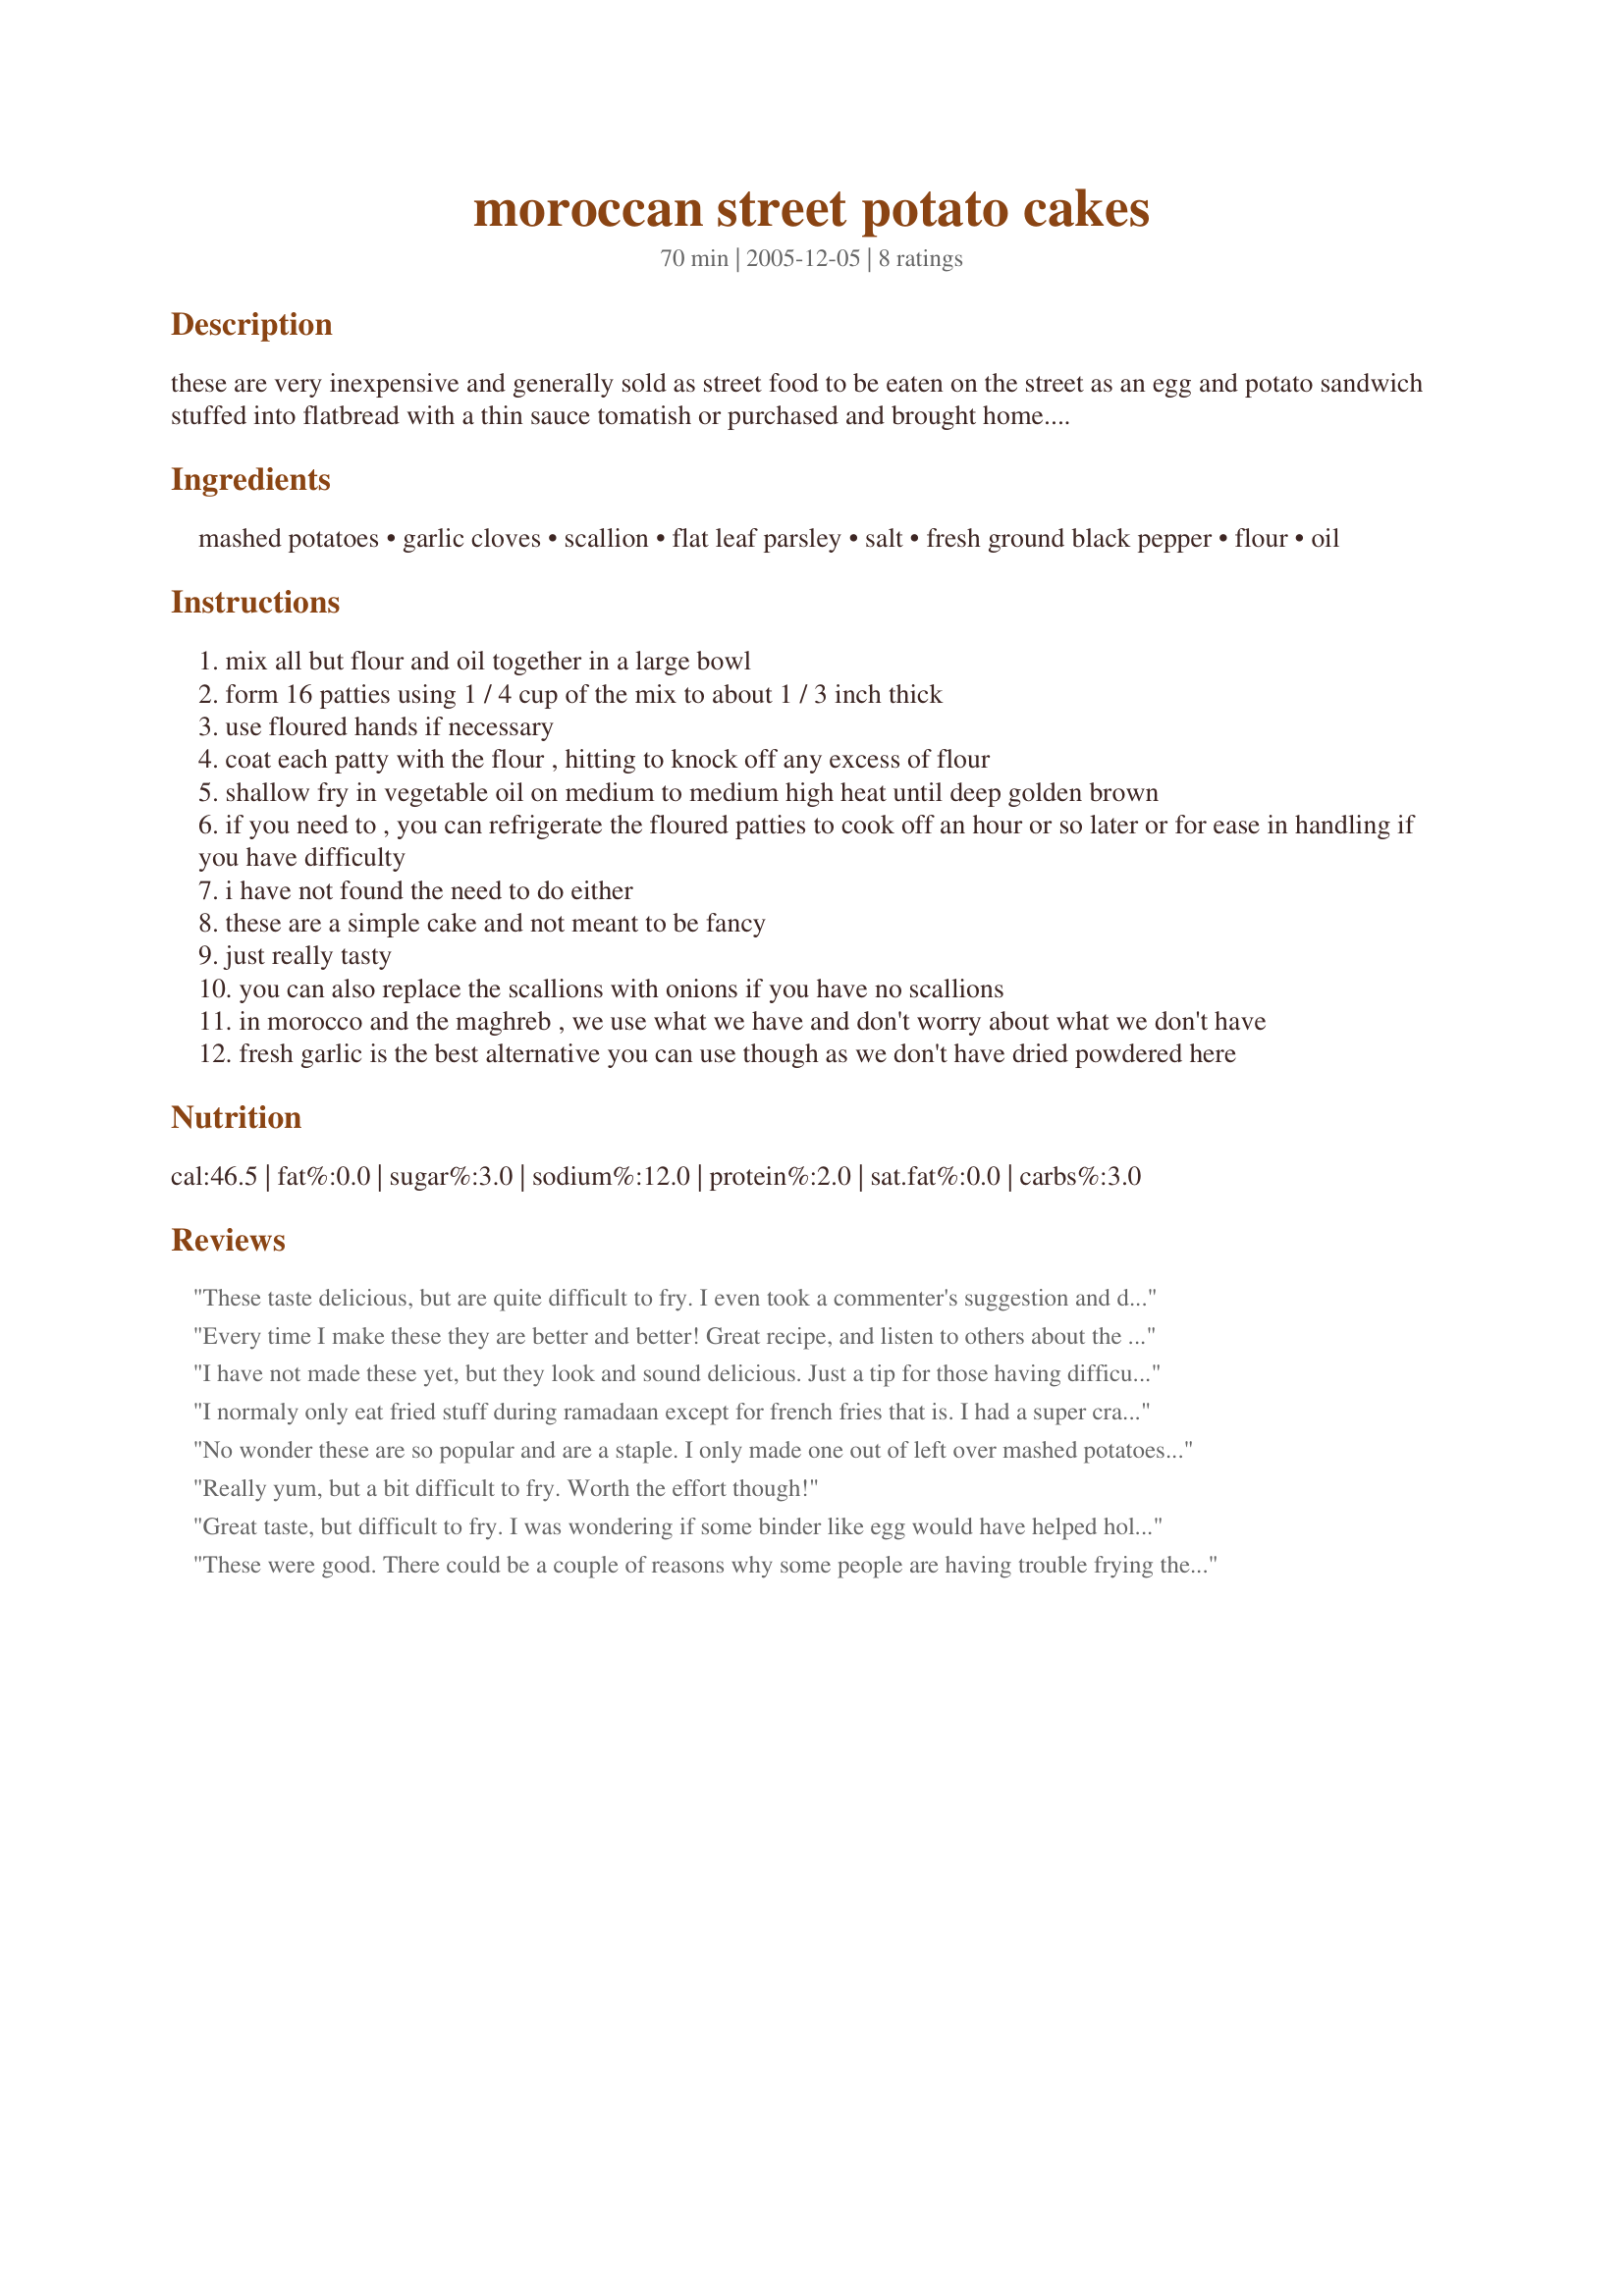
moroccan street potato cakes
Preparation time: 70 minutes

these are very inexpensive and generally sold as street food to be eaten on the street as an egg and potato sandwich stuffed into flatbread with a thin sauce tomatish or purchased and brought home. i have spoken to a couple of my favorite vendors and have come up with this authentic recipe. i adore the egg and potato sandwiches and also love these cakes simply dipped into sauce tomatish and eaten as is. this is poor man's food and sells for 5-10dh ($.70) a sandwich depending on how many eggs and potatoes you want in your sandwich. one of my favorites comes from a man with a table, frying pan, 5 litre jug of oil, a single gas burner, flats of eggs, stacks of bread and rows of potato cakes with bottles of sauce tomatish which his wife makes for him at home each morning to sell. many of these vendors appear only late at night when all other places to eat have closed. don't be tempted to use eggs to bind these or they will cease to be moroccan potato cakes. easy and yummy comfort food! these are also often eaten at room temperature and/or a bit cold though not from the fridge cold. c.2005

Ingredients:
mashed potatoes, garlic cloves, scallion, flat leaf parsley, salt, fresh ground black pepper, flour, oil

Steps:
mix all but flour and oil together in a large bowl
form 16 patties using 1 / 4 cup of the mix to about 1 / 3 inch thick
use floured hands if necessary
coat each patty with the flour , hitting to knock off any excess of flour
shallow fry in vegetable oil on medium to medium high heat until deep golden brown
if you need to , you can refrigerate the floured patties to cook off an hour or so later or for ease in handling if you have difficulty
i have not found the need to do either
these are a simple cake and not meant to be fancy
just really tasty
you can also replace the scallions with onions if you have no scallions
in morocco and the maghreb , we use what we have and don't worry about what we don't have
fresh garlic is the best alternative you can use though as we don't have dried powdered here

Reviews:
These taste delicious, but are quite difficult to fry. I even took a commenter's suggestion and didn't add anything to the potatoes and they still crumbled apart a bit when I tried to flip them in the frying pan.
Every time I make these they are better and better! Great recipe, and listen to others about the oil, they are to be shallow fried, not soaked!
I have not made these yet, but they look and sound delicious. Just a tip for those having difficulty with the frying. Ihave found that rather than using oil for things without much binder, just use a non stick pan well coated with cooking spray. Also lightly spray the cakes themselves. It may not be completely authentic but you lessen all the fat from oil and they don't break apart as easily since there is not much liquid hot or otherwise to seep through the cracks.
I normaly only eat fried stuff during ramadaan except for french fries that is. I had a super craving for some thing fried and I had some parsley mashed potatoes left over from dinner recipe#118784 so I gave your recipe a bash dear Hajar and i was not disapointed. We make potato cakes as well over here with the only diffrence we flour then dip them in fluffy beaten eggs. I can do with out the extra cholesterol thank you.
 No wonder these are so popular and are a staple. I only made one out of left over mashed potatoes and went a bit heavy on the parsley & scallions but this was delicious. I will watch for mor recipes from you Hajar- Thanks for posting
Really yum, but a bit difficult to fry. Worth the effort though!
Great taste, but difficult to fry. I was wondering if some binder like egg would have helped hold the potato cake together better.
These were good. There could be a couple of reasons why some people are having trouble frying them. First, many people may be using western style mashed potatoes made with milk/cream and butter. You will probably fry the patties more easily if no liquid is added to the potatoes. You should boil the potatoes whole, unpeeled, until fork tender. When cool enough to handle, peel and mash the potatoes and add the remaining ingredients, then form into patties. You really don't even need the flour as the mixture is very easy to work with. I then heat a nonstick frying pan over medium-high heat. When hot, I add just 2-3 Table. oil and add some of the potato patties. Fry until golden on both sides. Drizzle more oil, a teaspoon at a time, if needed. Using too much oil causes potato patties to start falling apart. Thanks for sharing this inexpensive recipe.
